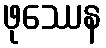
ဖုဿေန